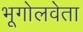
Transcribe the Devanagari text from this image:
भूगोलवेता